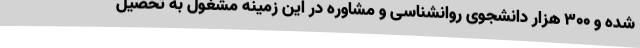
شده و ۳۰۰ هزار دانشجوی روانشناسی و مشاوره در این زمینه مشغول به تحصیل